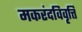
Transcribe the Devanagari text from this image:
मकरंदविवृत्ति